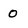
Character: o